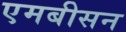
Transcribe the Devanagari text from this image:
एमबीसन